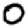
Digit: 0